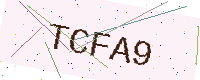
Text: TCFA9